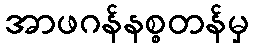
အာဖဂန်နစ္စတန်မှ